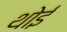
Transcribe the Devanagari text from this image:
थोई